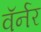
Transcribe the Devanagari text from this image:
वॅर्नर